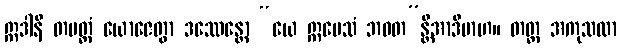
ဣဒါနိ တမတ္ထံ ယောဇေတွာ ဒဿေန္တော “ယေ ဣမေသံ ဘဝတ”န္တိအာဒိမာဟ။ တတ္ထ အကုသလာ